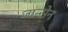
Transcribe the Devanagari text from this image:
जान्सेन